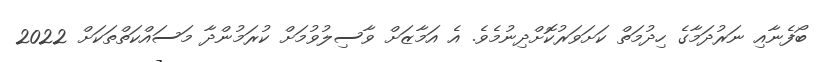
ބޯފެނާއި ނަރުދަމާގެ ހިދުމަތް ކަށަވަރުކޮށްދިނުމެވެ. އެ އަމާޒަށް ވާސިލުވުމަށް ކުރަމުންދާ މަސައްކަތްތަކަށް 2022